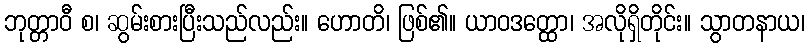
ဘုတ္တာဝီ စ၊ ဆွမ်းစားပြီးသည်လည်း။ ဟောတိ၊ ဖြစ်၏။ ယာဝဒတ္ထော၊ အလိုရှိတိုင်း။ သွာတနာယ၊